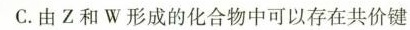
C.由Z和W形成的化合物中可以存在共价键